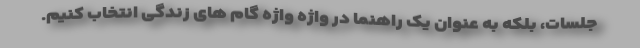
جلسات، بلکه به عنوان یک راهنما در واژه واژه گام های زندگی انتخاب کنیم.